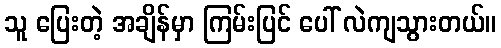
သူ ပြေးတဲ့ အချိန်မှာ ကြမ်းပြင် ပေါ် လဲကျသွားတယ်။